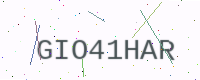
Text: GIO41HAR